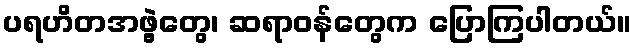
ပရဟိတအဖွဲ့တွေ၊ ဆရာဝန်တွေက ပြောကြပါတယ်။